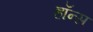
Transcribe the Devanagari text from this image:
हॉन्स